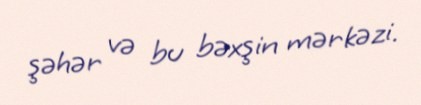
şəhər və bu bəxşin mərkəzi.